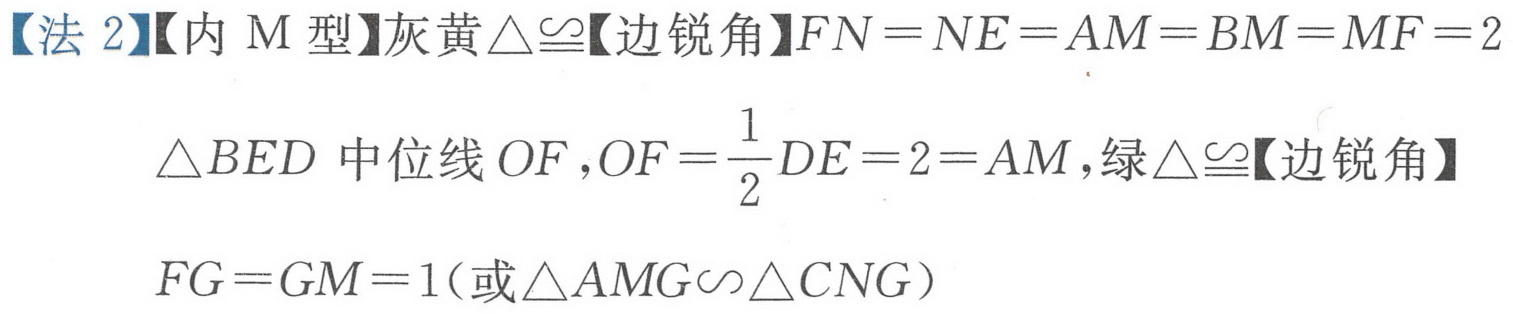
【法 2】【内 M 型】灰黄\(\triangle\cong\)【边锐角】\(FN = NE = AM = BM = MF = 2\)
\(\triangle BED\) 中位线 \(OF\),\(OF = \frac{1}{2}DE = 2 = AM\),绿\(\triangle\cong\)【边锐角】
\(FG = GM = 1\)(或\(\triangle AMG\sim\triangle CNG\))